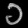
Digit: ၁